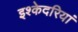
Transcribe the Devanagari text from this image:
इश्केदरियां